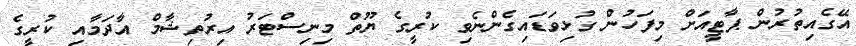
އޭގެއިތުރުން ޕާޓީއަށް މިފަހުން ގުޅިވަޑައިގެންނެވި ކުރީގެ ޔޫތް މިނިސްޓަރު އިރުތިޝާމް އާދަމާއި ކުރީގެ